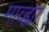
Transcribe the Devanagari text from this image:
माव्ह्या